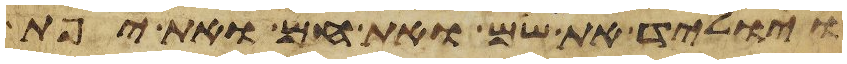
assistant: ויוליד את שם ואת חם ואת יפת